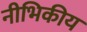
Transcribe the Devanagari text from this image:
नीभिकीय